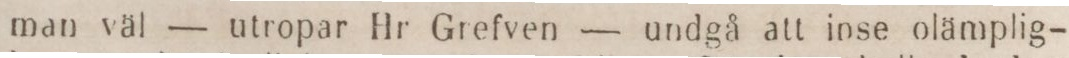
man väl — utropar Hr Grefven — undgå att inse olämplig-